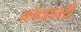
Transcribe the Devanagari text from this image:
कॉक्सवर्दी